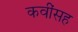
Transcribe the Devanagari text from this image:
कवींसह